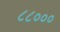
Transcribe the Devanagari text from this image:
८८०००